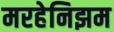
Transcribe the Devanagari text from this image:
मरहेनिझम